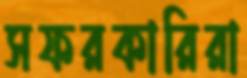
সফরকারিরা